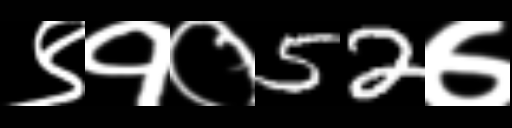
Text: ९१०52७